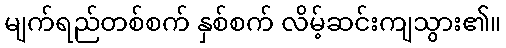
မျက်ရည်တစ်စက် နှစ်စက် လိမ့်ဆင်းကျသွား၏။